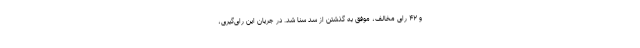
و ۴۲ رأی مخالف، موفق به گذشتن از سد سنا شد. در جریان این رأی‌گیری،